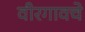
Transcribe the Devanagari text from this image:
वीरगावचे